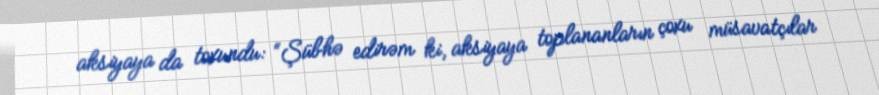
aksiyaya da toxundu: “Şübhə edirəm ki, aksiyaya toplananların çoxu müsavatçılar